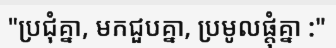
"ប្រជុំគ្នា, មកជួបគ្នា, ប្រមូលផ្តុំគ្នា :"